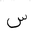
Letter: _sin